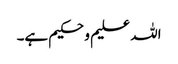
اللہ علیم و حکیم ہے۔